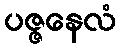
ပဇ္ဇနေလံ